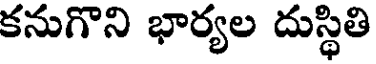
కనుగొని భార్యల దుస్థితి